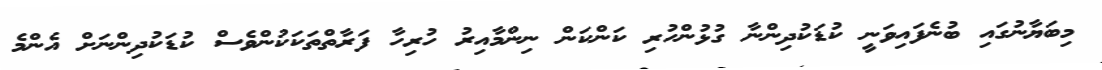
މިބަޔާނުގައި ބުނެފައިވަނީ ކުޑަކުދިންނާ ގުޅުންހުރި ކަންކަން ނިންމާއިރު ހުރިހާ ފަރާތްތަކަކުންވެސް ކުޑަކުދިންނަށް އެންމެ